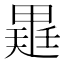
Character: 𭻡